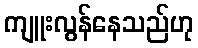
ကျူးလွန်နေသည်ဟု